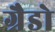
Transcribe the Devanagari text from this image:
ग्रैडो